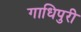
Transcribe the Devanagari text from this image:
गाधिपुरी